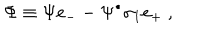
\Phi \equiv \Psi e _ { - } - \Psi ^ { \bullet } \sigma _ { 1 } e _ { + } ~ ,